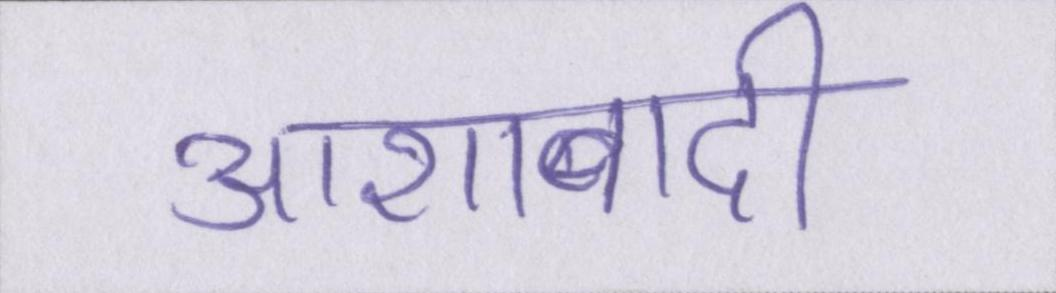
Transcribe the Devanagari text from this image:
आशावादी